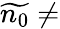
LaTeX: \widetilde{n_{0}}\neq